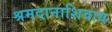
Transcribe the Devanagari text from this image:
श्रमदानाशिवाय